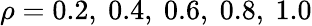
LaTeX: \rho=0.2,~0.4,~0.6,~0.8,~1.0